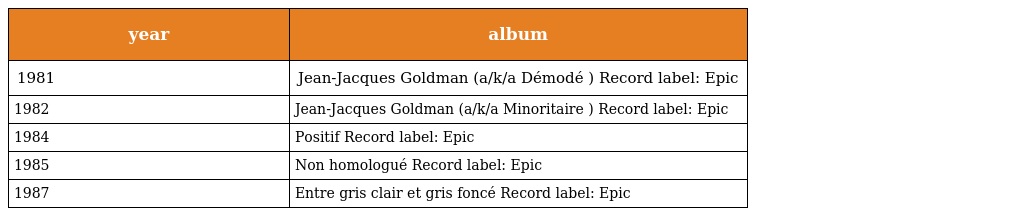
| year | album |
 | --- | --- |
 | 1981 | Jean-Jacques Goldman (a/k/a Démodé ) Record label: Epic |
 | 1982 | Jean-Jacques Goldman (a/k/a Minoritaire ) Record label: Epic |
 | 1984 | Positif Record label: Epic |
 | 1985 | Non homologué Record label: Epic |
 | 1987 | Entre gris clair et gris foncé Record label: Epic |